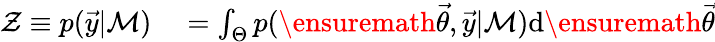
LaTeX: \begin{array}{rl}{\mathcal{Z}\equiv p(\vec{y}|\mathcal{M})}&{{}=\int_{\Theta}p(\ensuremath{\vec{\theta}},\vec{y}|\mathcal{M})\mathrm{d}\ensuremath{\vec{\theta}}}\end{array}